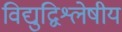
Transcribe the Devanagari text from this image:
विद्युद्विश्लेषीय